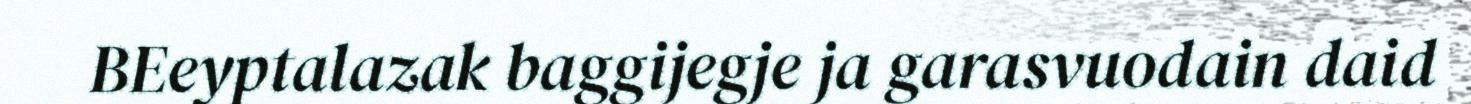
BEeyptalazak baggijegje ja garasvuodain daid